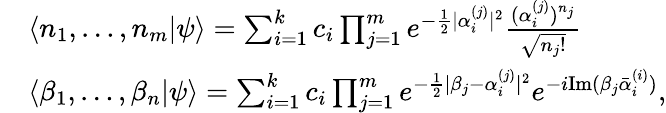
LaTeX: \begin{array}{rl}&{\langle n_{1},\dots,n_{m}|\psi\rangle=\sum_{i=1}^{k}c_{i}\prod_{j=1}^{m}e^{-\frac{1}{2}|\alpha_{i}^{(j)}|^{2}}\frac{(\alpha_{i}^{(j)})^{n_{j}}}{\sqrt{n_{j}!}}}\\ &{\langle\beta_{1},\dots,\beta_{n}|\psi\rangle=\sum_{i=1}^{k}c_{i}\prod_{j=1}^{m}e^{-\frac{1}{2}|\beta_{j}-\alpha_{i}^{(j)}|^{2}}e^{-i\mathrm{Im}(\beta_{j}\bar{\alpha}_{i}^{(i)})},}\end{array}